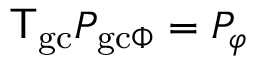
{ \sf T } _ { \mathrm { g c } } P _ { \mathrm { g c } \Phi } = P _ { \varphi }